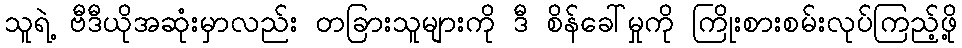
သူရဲ့ ဗီဒီယိုအဆုံးမှာလည်း တခြားသူများကို ဒီ စိန်ခေါ်မှုကို ကြိုးစားစမ်းလုပ်ကြည့်ဖို့